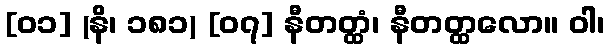
[၀၁] (နိ၊ ၁၈၁) [၀၇] နီတတ္ထံ၊ နီတတ္ထလော။ ဝါ၊